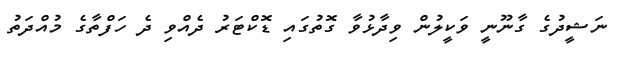
ނަޝީދުގެ ގާނޫނީ ވަކީލުން ވިދާޅުވާ ގޮތުގައި ޑޮކްޓަރު ދެއްވި ދެ ހަފްތާގެ މުއްދަތު